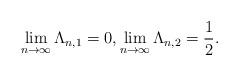
LaTeX: \begin{align*} \lim_{n\to\infty}\Lambda_{n,1}=0, \lim_{n\to\infty}\Lambda_{n,2}=\frac12.\end{align*}